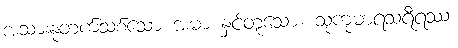
အသားနုတက်သစ်သော အမာ နှင့်တူသော။ သုကုမာရသရီရဿ၊